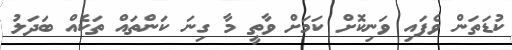
ކުޑަތަން ވެފައި ވަނިކޮށް ކަމަށް ވާތީ މާ ގިނަ ކަންތައް ތަކެއް ބަދަލު